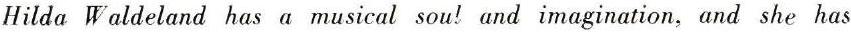
Hilda Waldeland has a musical sou! and imagination, and she has